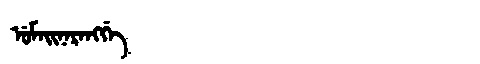
Manchu: ᡠᠮᠠᡳᠨᠠᡵᠠᠩᡤᡝ
Romanization: UMAINARANGGE